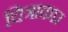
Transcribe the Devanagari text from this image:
चित्राकार